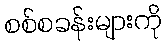
စစ်စခန်းများကို